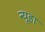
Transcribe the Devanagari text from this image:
न्यूडा